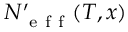
N _ { \mathrm { ~ e ~ f ~ f ~ } } ^ { \prime } ( T , x )